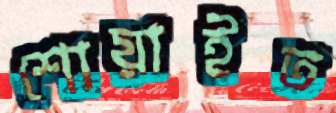
শোয়াইত